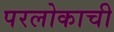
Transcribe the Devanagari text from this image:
परलोकाची